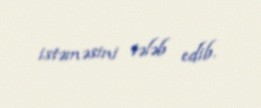
istəməsini tələb edib.